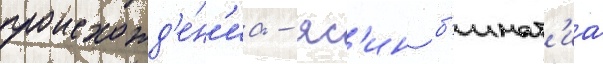
происхожд'е́н'иа - яс'ин б'инат'иа